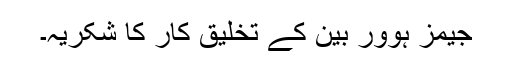
جیمز ہوور بین کے تخلیق کار کا شکریہ۔